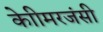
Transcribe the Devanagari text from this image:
केाीमरजंसी